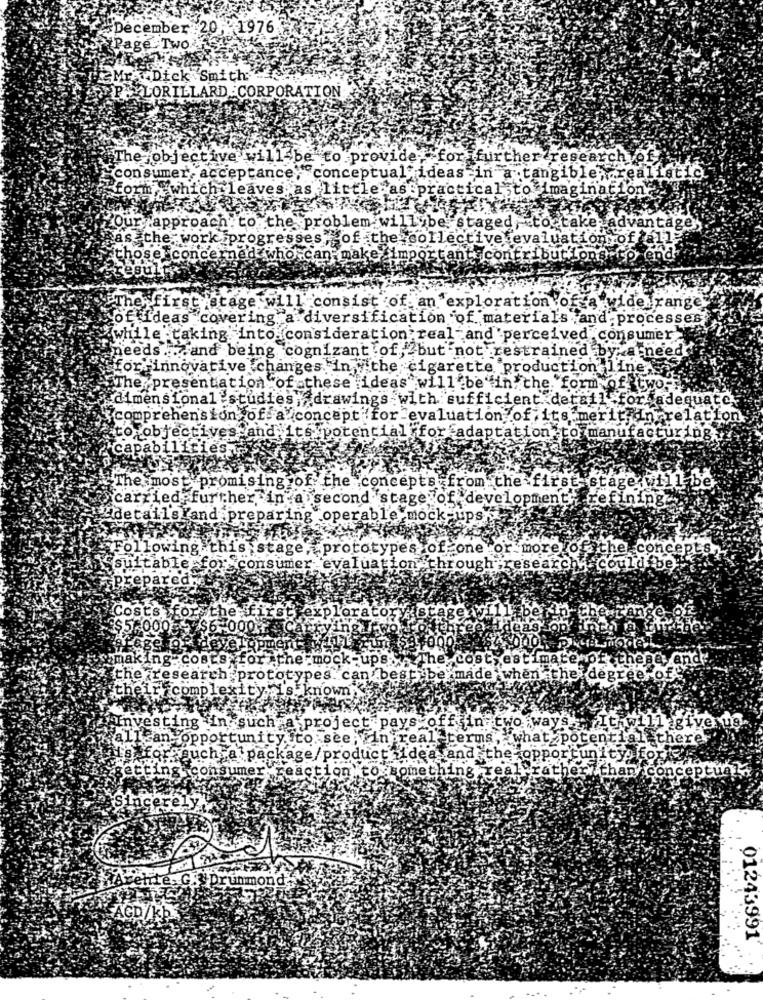
December
20, 1976
Page Two
Mr.Dick Smith:
P.XLORILLARD :CORPORATION
The objective w
I be to provide;
forfurther research of
consumer- acceptance,
"conceptual" ideas in a tangible; realistic.
which leaves as L'
:ttle as :practical ;to imaginati
Our approach to the problem will be staged, to take advantage
as the work progresses
of the collective evaluation of all-
chose concerned
who can- make
tant contributions to end
results
first stage will consist of an exploration of a wide range'
Coffideas covering a diversification of materials and processes
&wh
le -taking into consideration real and perceived consumer
aneeds . . and being cognizant of, but not restrained by a need
for innovative changes in the cigarette production line
"The presentation of these ideas will be in the form of two:
dimensional .studies, drawings with sufficient detail .for adequate.
comprehen'ston of a concept for evaluation of its .merit I
relation
o objectives and its potential for adaptation to manufacturing
Capabiliti
The most promising of the concepts from the first stage will be
carried further in a second stage of development: refining.
Idetails and preparing operable mock ups
Following !!
is stage, prototypes of one or more of the concepts
Suitable
consumer evaluation
through research could be
cepared
#the
Torat
Astage wi
bei
Lang
900
$6-000:
ing Costs fo
the mock -ups.
The cost estimate of these and
the research prototypes. can best be made when the degree of
complexity is.
known
"such a project pays off
vesting
No ways It
Llagiverug.
allean opportunity.
to see ;vi
realeterms, what potential there
or such a package product _ dea and the opportunity foris
consumer
on to someth1
real rather than conceptual.
erel
MArente. G. Drummond
ACD/KJ
01243991